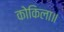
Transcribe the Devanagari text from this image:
कोकिला॥